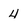
Character: 4